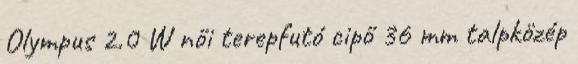
Olympus 2.0 W női terepfutó cipő 36 mm talpközép